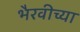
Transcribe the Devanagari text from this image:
भैरवीच्या